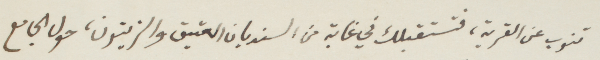
تنوب عن القرية، فتستقبلك في غابة من السنديان العتيق والزيتون، حول الجامع